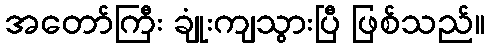
အတော်ကြီး ချုံးကျသွားပြီ ဖြစ်သည်။